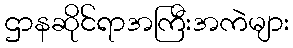
ဌာနဆိုင်ရာအကြီးအကဲများ